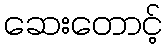
ဆေးတောင့်